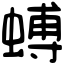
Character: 䗚